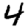
Digit: 4